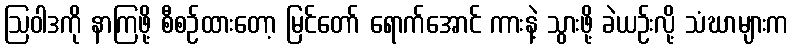
ဩဝါဒကို နာကြဖို့ စီစဉ်ထားတော့ မြင်တော် ရောက်အောင် ကားနဲ့ သွားဖို့ ခဲယဉ်းလို့ သံဃာများက